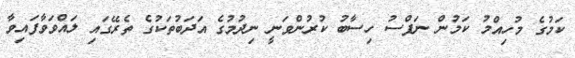
ކަމުގެ މުހިއްމު ކަމުން ނަފްސު ހިސާބު ކުރުންވަނީ ނިދުމުގެ އަދަބުތަކުގެ ތެރޭގައި ލައްވަވާފައިވާ